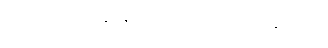
အာဟာရလေးပါးနှင့်စပ်၍ မှတ်သားဖွယ်ရာများ။